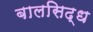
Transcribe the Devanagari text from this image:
बालसिद्ध